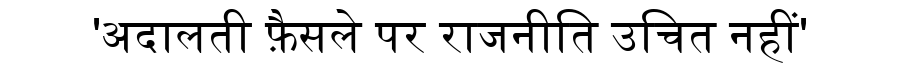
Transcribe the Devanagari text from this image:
'अदालती फ़ैसले पर राजनीति उचित नहीं'